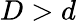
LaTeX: D>d